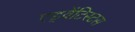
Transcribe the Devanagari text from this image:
एड्वेंटिस्टस